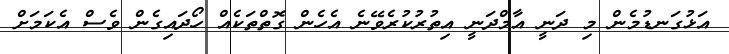
އަޅުގަނޑުމެން މި ދަނީ އާމްދަނީ އިތުރުކުރެވޭނެ އެހެން ގޮތްތަކެއް ހޯދައިގެން ވެސް އެކަމަށް